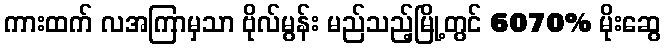
ကားထက် လအကြာမှသာ ဗိုလ်မွန်း မည်သည့်မြို့တွင် 6070% မိုးဆွေ